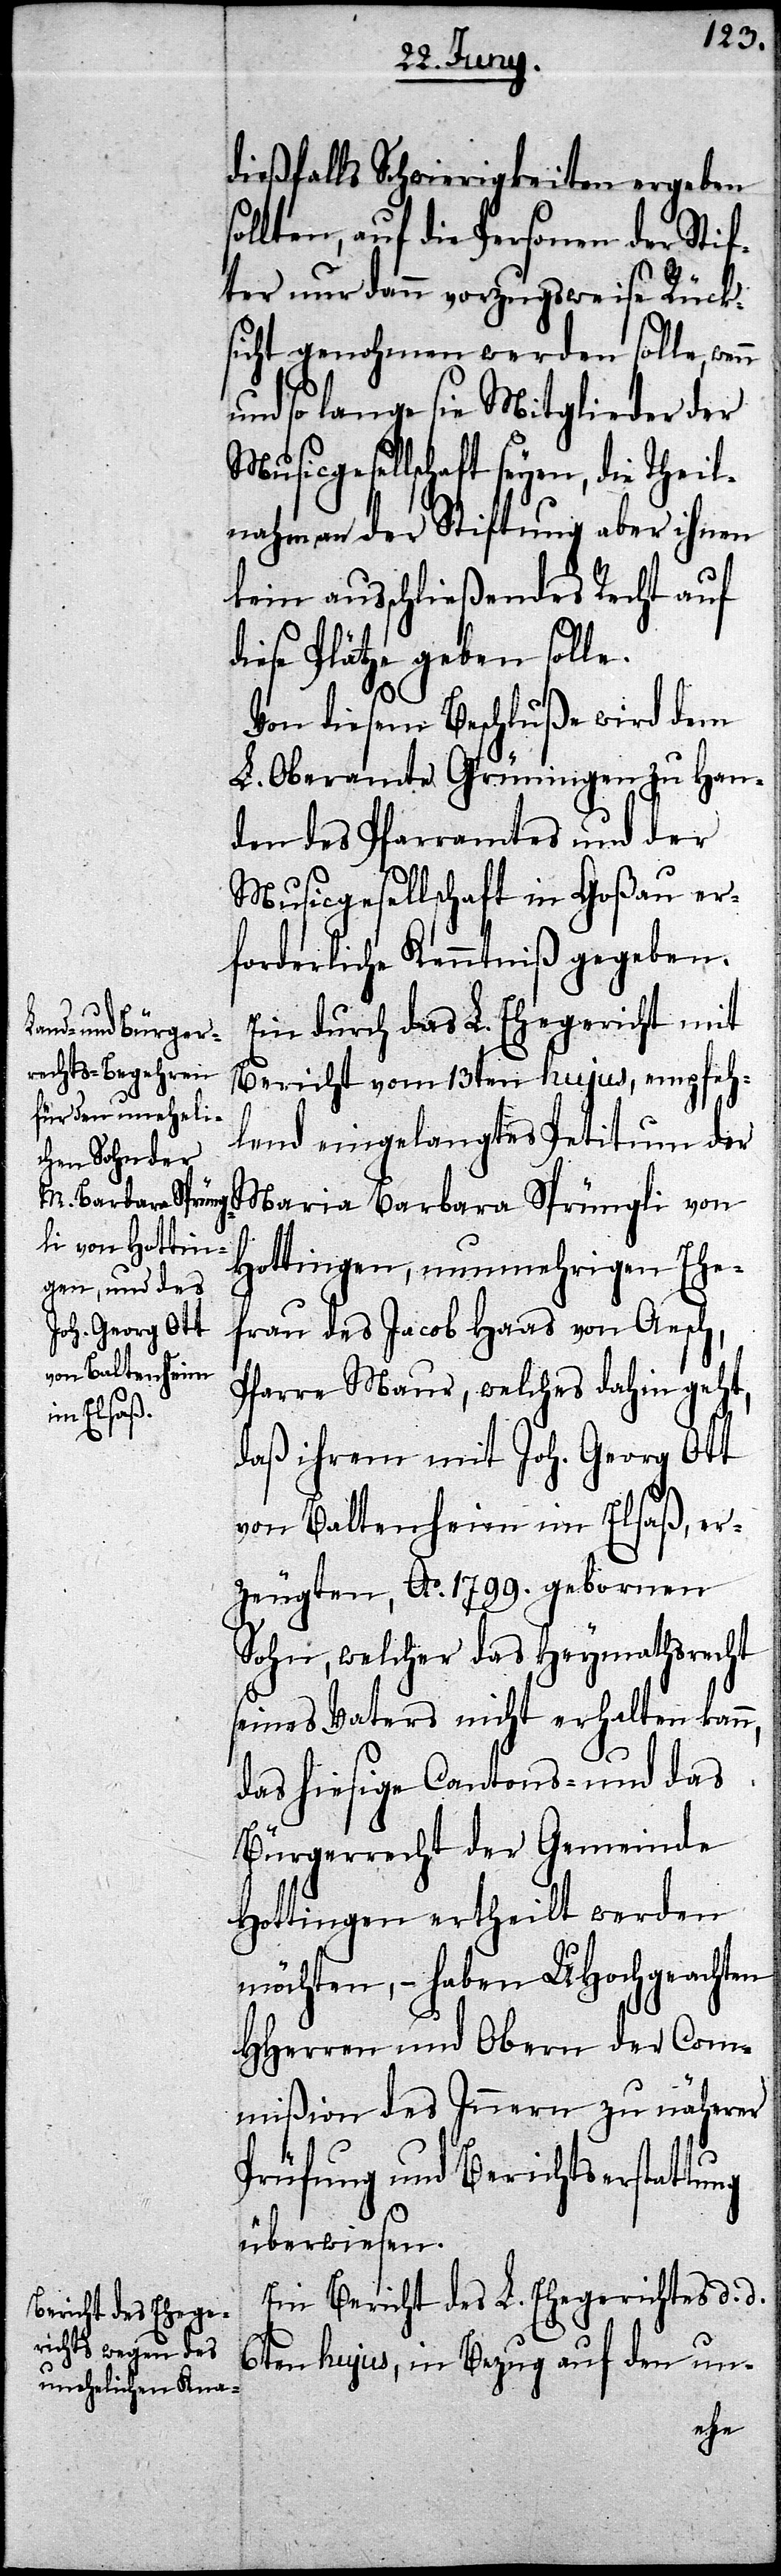
dießfalls Schwierigkeiten ergeben
llten, auf die Personen der Stif¬
ter nur dann vorzugsweise Rück¬
sicht genohmen werden solle,
und so lange sie Mitglieder der
Musicgesellschaft seyen, die Theil¬
nahme an der Stiftung aber ihnen
kein ausschließendes Recht auf
diese Plätze geben solle.
Von diesem Beschluße wird dem
L. Oberamte Grüningen zu Han¬
den des Pfarramtes und der
Musicgesellschaft in Goßau er¬
forderliche Kenntniß gegeben.
Ein durch das L. Ehegericht mit
Bericht vom 13ten hujus, empfeh¬
lend eingelangtes Petitum der
Maria Barbara Sprüngli von
Hottingen, nunmehrigen Ehe¬
frau des Jacob Haas von Aesch,
Pfarre Maur, welches dahin geht,
daß ihrem mit Joh. Georg Ott
von Baltenheim im Elsaß, er¬
zeugten, Ao. 1799. gebornen
Sohn, welcher das Heymathsrecht
seines Vaters nicht erhalten kann,
das hiesige Cantons- und das
Bürgerrecht der Gemeinde
Hottingen ertheilt werden
möchten, – haben UHochgeachten
HHerren und Obern der Com¬
mißion des Innern zu näherer
Prüfung und Berichtserstattung
überwiesen.
Ein Bericht des L. Ehegerichtes d. d.
6ten hujus, in Bezug auf den un-
so¬